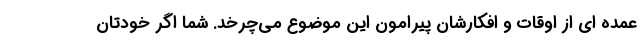
عمده ای از اوقات و افکارشان پیرامون این موضوع می‌چرخد. شما اگر خودتان